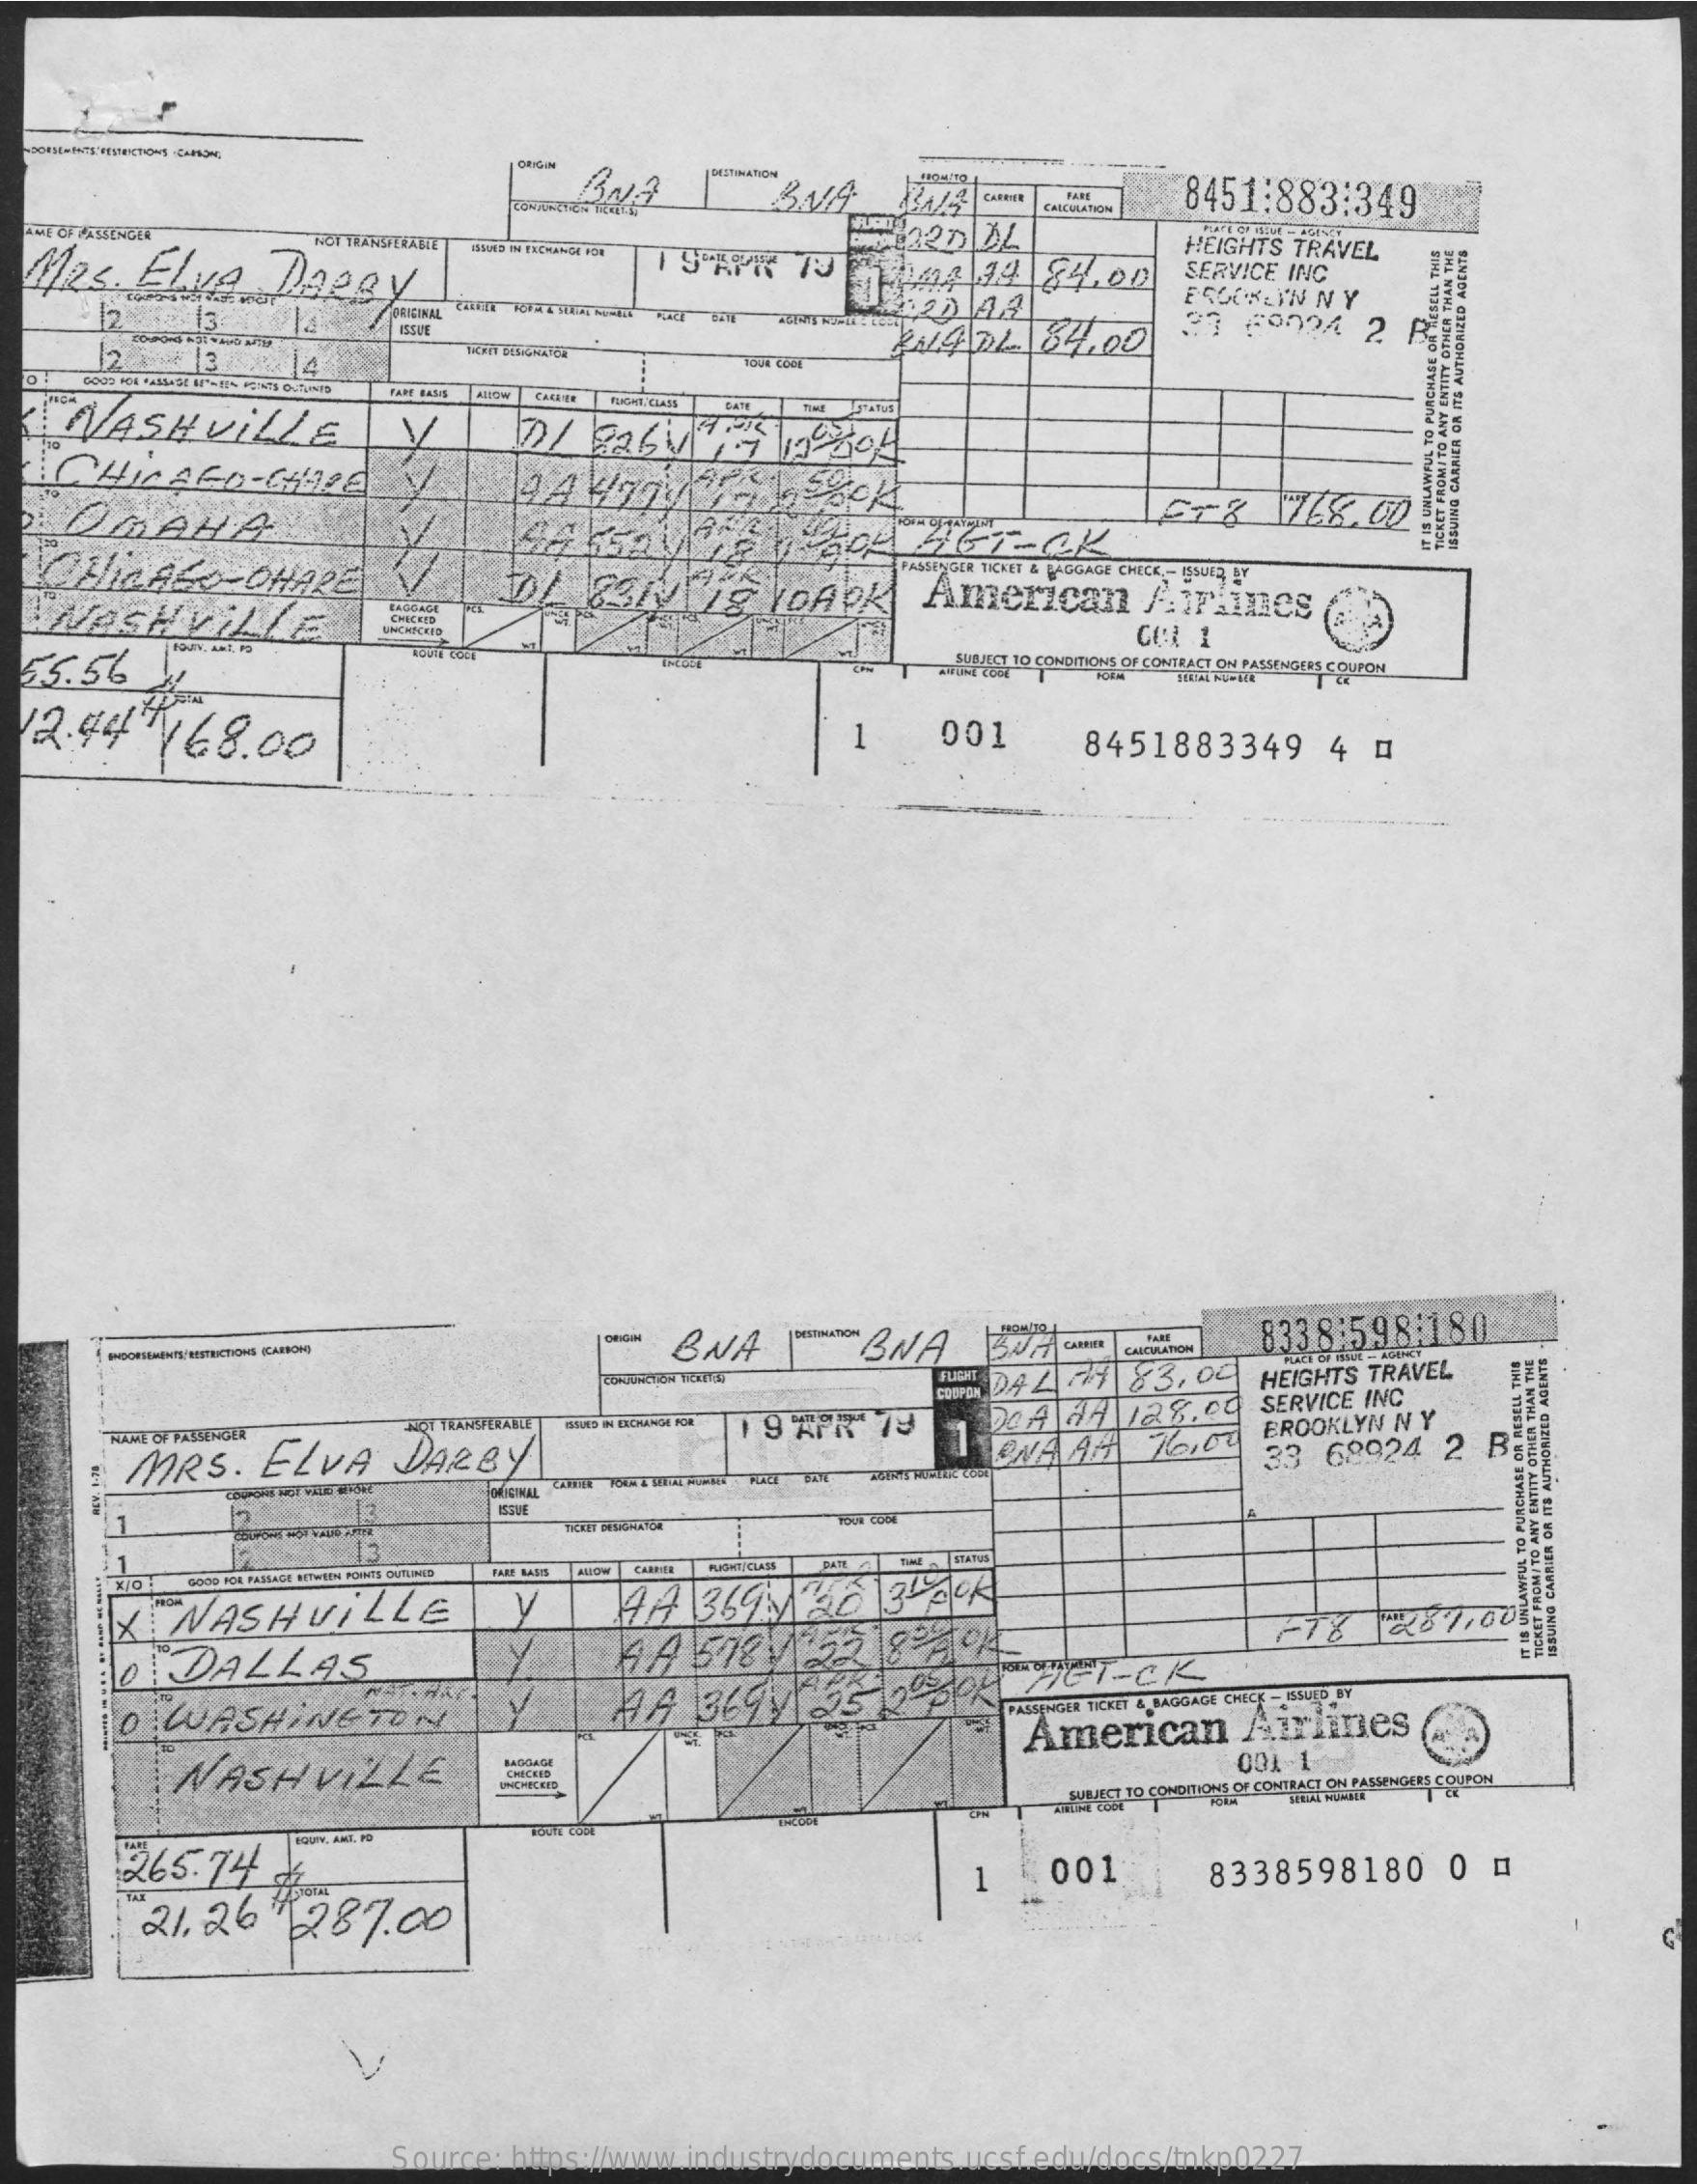
BNA
     |DESTINATION
     8451:883:349
     CHICMATION
  Mas.   El. Elve Daegy
     19"APR   73
     12    13
     12244    19  84.00
     HEIGHTS TRAVEL
     SERVICE INC
     ERGOBLIN NY
     12    13    14
     20144
     PADL    84.00
  OT
     NASHVILLE
    CHICAGO-CHORE
     7 / 226  4  /7  /199804
    OMAHA
    CHICAGO-OHARE
     44  552478    46T-OK
     PASSENGER TICKET & BAGGAGE CHICE ,- ISSUED BY
     ISSUING
     CARRIER
     ON
     ITS
     AUTHORIZED
     AGENTE
    NASHVILLE
     DI   ERN    18  YOAPK    American    Airlines
     CHICETD
  55.56    SUBJECT TO CONDITIONS OF CONTRACT ON PASSENGERS
  12.44   /68.00    1    001    8451883349    4  0
     BNA    BNA    833 8:598:180
     CALCULATION
     SANTOY
     CIZINONANY
     SU
     VO
     NEUVYO
     ONIISI
     FLIGHT
     COUPON DAL 1 83.04   HEIGHTS TRAVEL
     NAME OF PASSENGER  NOT TRANSFERABLE
     SERVICE INC
     MRS.    ELVA    DARBY
     APK    Do A 47  128.00
     ONA AH   72,00   BROOKLYN NY
     33  68924  2  BEL
     DECIMAL
     PLALE
     1
     THART PEROHAYUN
     13
     9000 HOL PASSAGE BETWEEN POINTS OUTLIMID FARE BASS FLIGHT| CLASS
     ----
     X  NASHVILLE    199  369M   20   1350k
     O  DALLAS
     FTY    2287,005
     JETZT-CK
     TICKET
     FROM/TO
     ANY
     ENTITY
     OTHER
     THAN
     THE
     IT
     ##
     UNLAWFUL
     TO
     PURCHASE
     OR
     RESELL
     THIE
     O  WASHINGTON    HA   369y   de    PASSENGER TICKET & BAGGAGE CHECE - ISSUED BY
     NASHVILLE
     American    Airlines
     001 1
     -BUILT TO CONDITIONS OF CONTRACT ON PASSENGERS COUPON
     265.74%
     EQUIV. AMI, På
     21. 26    287.00
     1    001    8338598180    0 11
     Source: https://www.industrydocuments.ucsf.edu/docs/tnkp0227